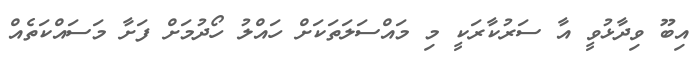
އިބޫ ވިދާޅުވީ އާ ސަރުކާރަކީ މި މައްސަލަތަކަށް ހައްލު ހޯދުމަށް ފަށާ މަސައްކަތެއް